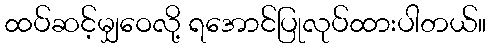
ထပ်ဆင့်မျှဝေလို့ ရအောင်ပြုလုပ်ထားပါတယ်။